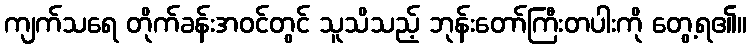
ကျက်သရေ တိုက်ခန်းအဝင်တွင် သူသိသည့် ဘုန်းတော်ကြီးတပါးကို တွေ့ရ၏။